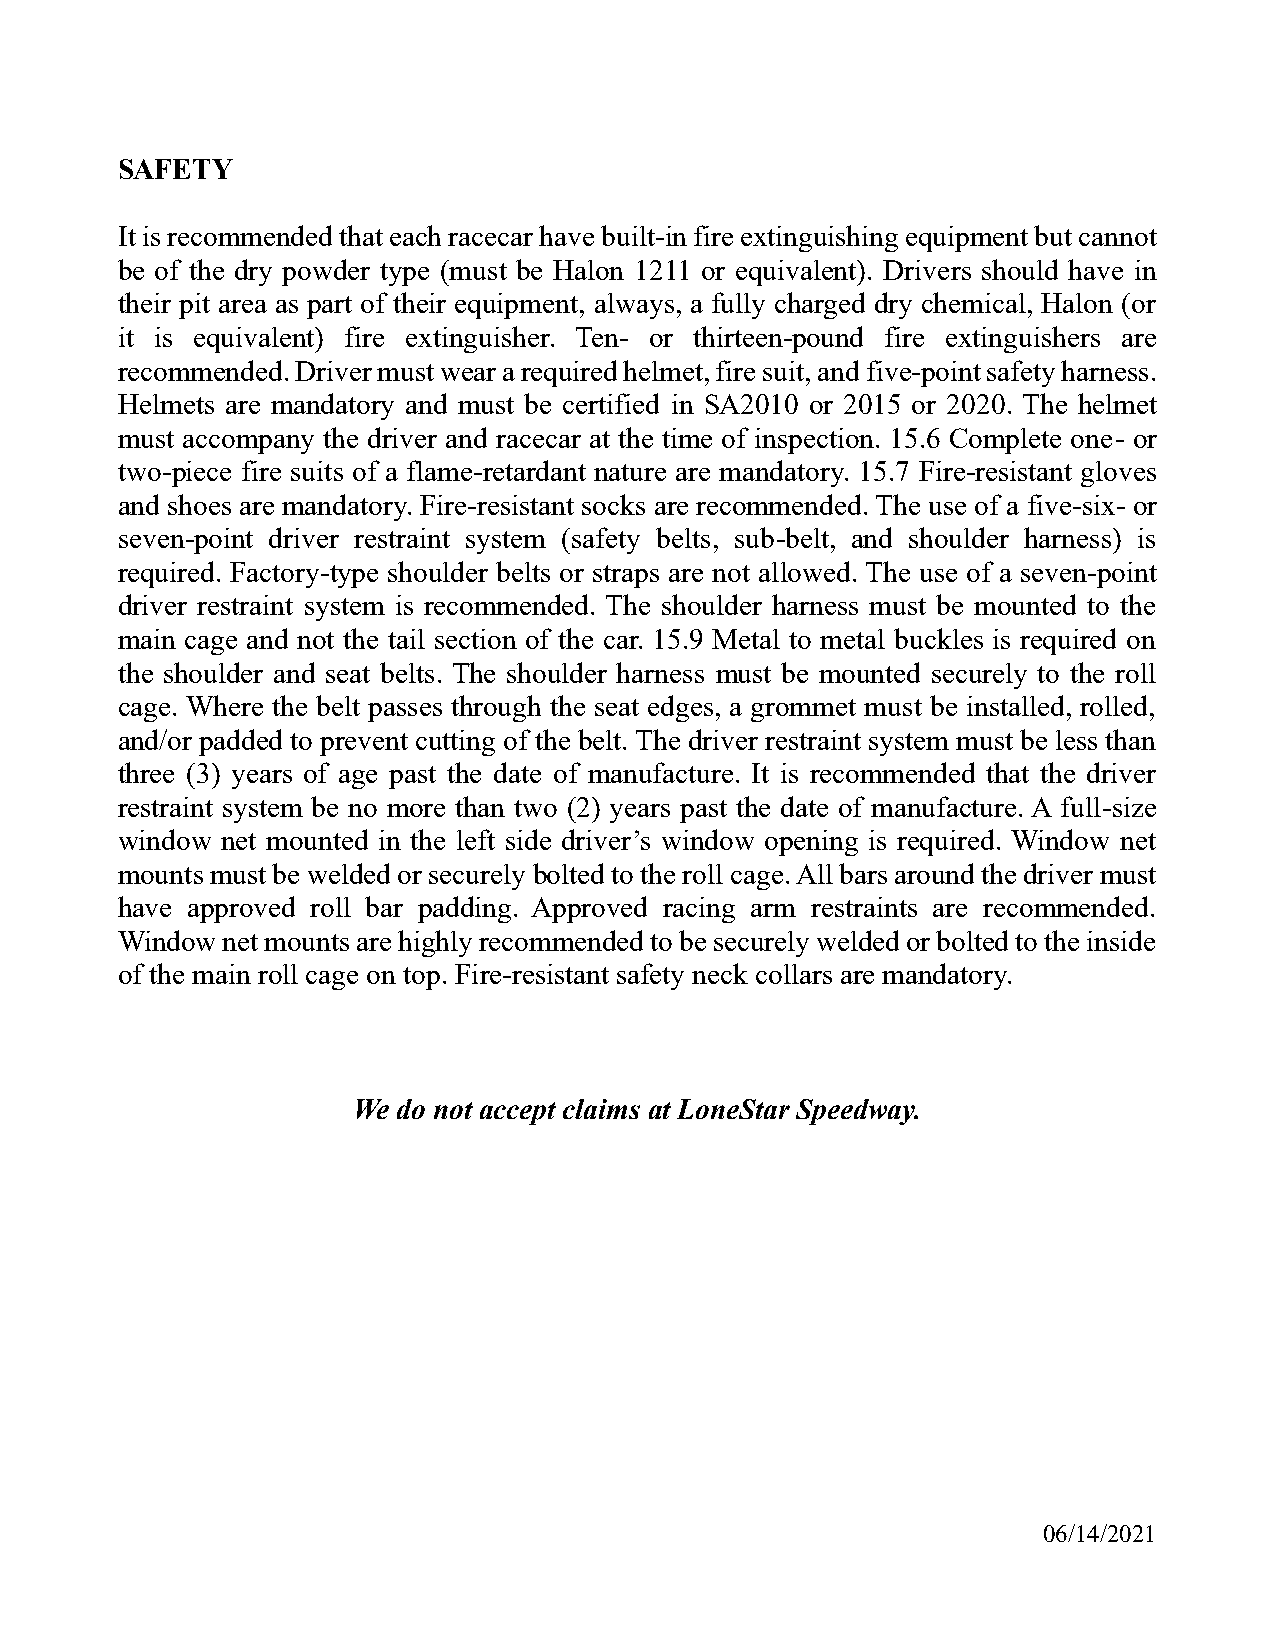
SAFETY
 It is recommended that each racecar have built-in fire extinguishing equipment but cannot
 be of the dry powder type (must be Halon 1211 or equivalent). Drivers should have in
 their pit area as part of their equipment, always, a fully charged dry chemical, Halon (or
 it is equivalent) fire extinguisher. Ten- or thirteen-pound fire extinguishers are
 recommended. Driver must wear a required helmet, fire suit, and five-point safety harness.
 Helmets are mandatory and must be certified in SA2010 or 2015 or 2020. The helmet
 must accompany the driver and racecar at the time of inspection. 15.6 Complete one- or
 two-piece fire suits of a flame-retardant nature are mandatory. 15.7 Fire-resistant gloves
 and shoes are mandatory. Fire-resistant socks are recommended. The use of a five-six- or
 seven-point driver restraint system (safety belts, sub-belt, and shoulder harness) is
 required. Factory-type shoulder belts or straps are not allowed. The use of a seven-point
 driver restraint system is recommended. The shoulder harness must be mounted to the
 main cage and not the tail section of the car. 15.9 Metal to metal buckles is required on
 the shoulder and seat belts. The shoulder harness must be mounted securely to the roll
 cage. Where the belt passes through the seat edges, a grommet must be installed, rolled,
 and/or padded to prevent cutting of the belt. The driver restraint system must be less than
 three (3) years of age past the date of manufacture. It is recommended that the driver
 restraint system be no more than two (2) years past the date of manufacture. A full-size
 window net mounted in the left side driver’s window opening is required. Window net
 mounts must be welded or securely bolted to the roll cage. All bars around the driver must
 have approved roll bar padding. Approved racing arm restraints are recommended.
 Window net mounts are highly recommended to be securely welded or bolted to the inside
 of the main roll cage on top. Fire-resistant safety neck collars are mandatory.
 We do not accept claims at LoneStar Speedway.
 06/14/2021